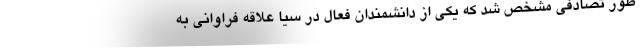
طور تصادفی مشخص شد که یکی از دانشمندان فعال در سیا علاقه فراوانی به